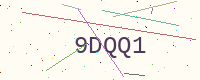
Text: 9DQQ1